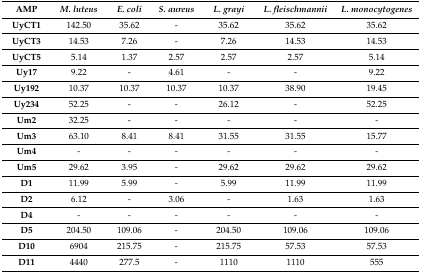
| AMP | M. luteus | E. coli | S. aureus | L. grayi | L. fleischmannii | L. monocytogenes |
 | --- | --- | --- | --- | --- | --- | --- |
 | UyCT1 | 142.50 | 35.62 | - | 35.62 | 35.62 | 35.62 |
 | UyCT3 | 14.53 | 7.26 | - | 7.26 | 14.53 | 14.53 |
 | UyCT5 | 5.14 | 1.37 | 2.57 | 2.57 | 2.57 | 5.14 |
 | Uy17 | 9.22 | - | 4.61 | - | - | 9.22 |
 | Uy192 | 10.37 | 10.37 | 10.37 | 10.37 | 38.90 | 19.45 |
 | Uy234 | 52.25 | - | - | 26.12 | - | 52.25 |
 | Um2 | 32.25 | - | - | - | - | - |
 | Um3 | 63.10 | 8.41 | 8.41 | 31.55 | 31.55 | 15.77 |
 | Um4 | - | - | - | - | - | - |
 | Um5 | 29.62 | 3.95 | - | 29.62 | 29.62 | 29.62 |
 | D1 | 11.99 | 5.99 | - | 5.99 | 11.99 | 11.99 |
 | D2 | 6.12 | - | 3.06 | - | 1.63 | 1.63 |
 | D4 | - | - | - | - | - | - |
 | D5 | 204.50 | 109.06 | - | 204.50 | 109.06 | 109.06 |
 | D10 | 6904 | 215.75 | - | 215.75 | 57.53 | 57.53 |
 | D11 | 4440 | 277.5 | - | 1110 | 1110 | 555 |